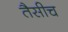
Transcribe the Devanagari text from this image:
तैसीच